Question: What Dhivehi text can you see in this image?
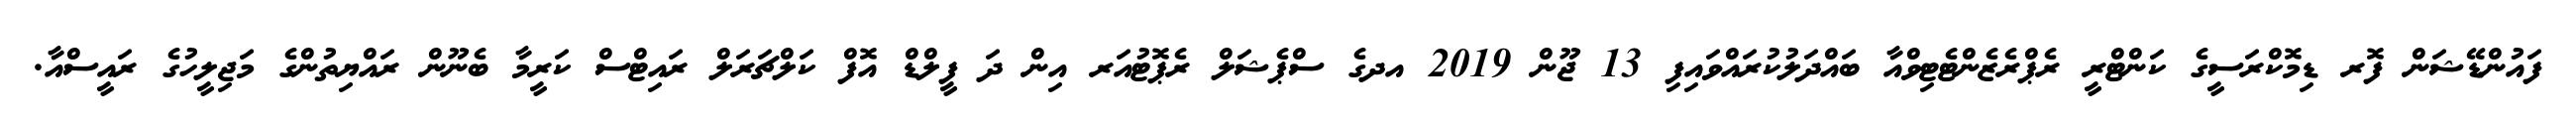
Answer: ފައުންޑޭޝަން ފޮރ ޑިމޮކްރަސީގެ ކަންޓްރީ ރެޕްރެޒެންޓެޓިވްއާ ބައްދަލުކުރައްވައިފި 13 ޖޫން 2019 އދގެ ސްޕެޝަލް ރެޕޮޓުއަރ އިން ދަ ފީލްޑް އޮފް ކަލްޗަރަލް ރައިޓްސް ކަރީމާ ބެނޫން ރައްޔިތުންގެ މަޖިލީހުގެ ރައީސްއާ.